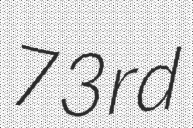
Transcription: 73rd